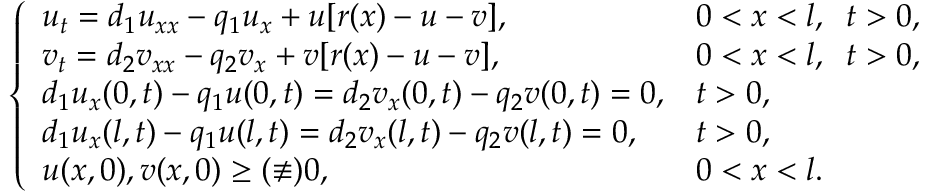
\left\{ \begin{array} { l l } { u _ { t } = d _ { 1 } u _ { x x } - q _ { 1 } u _ { x } + u [ r ( x ) - u - v ] , } & { 0 < x < l , \; \; t > 0 , } \\ { v _ { t } = d _ { 2 } v _ { x x } - q _ { 2 } v _ { x } + v [ r ( x ) - u - v ] , } & { 0 < x < l , \; \; t > 0 , } \\ { d _ { 1 } u _ { x } ( 0 , t ) - q _ { 1 } u ( 0 , t ) = d _ { 2 } v _ { x } ( 0 , t ) - q _ { 2 } v ( 0 , t ) = 0 , } & { t > 0 , } \\ { d _ { 1 } u _ { x } ( l , t ) - q _ { 1 } u ( l , t ) = d _ { 2 } v _ { x } ( l , t ) - q _ { 2 } v ( l , t ) = 0 , } & { t > 0 , } \\ { u ( x , 0 ) , v ( x , 0 ) \ge ( \not \equiv ) 0 , } & { 0 < x < l . } \end{array} \right.